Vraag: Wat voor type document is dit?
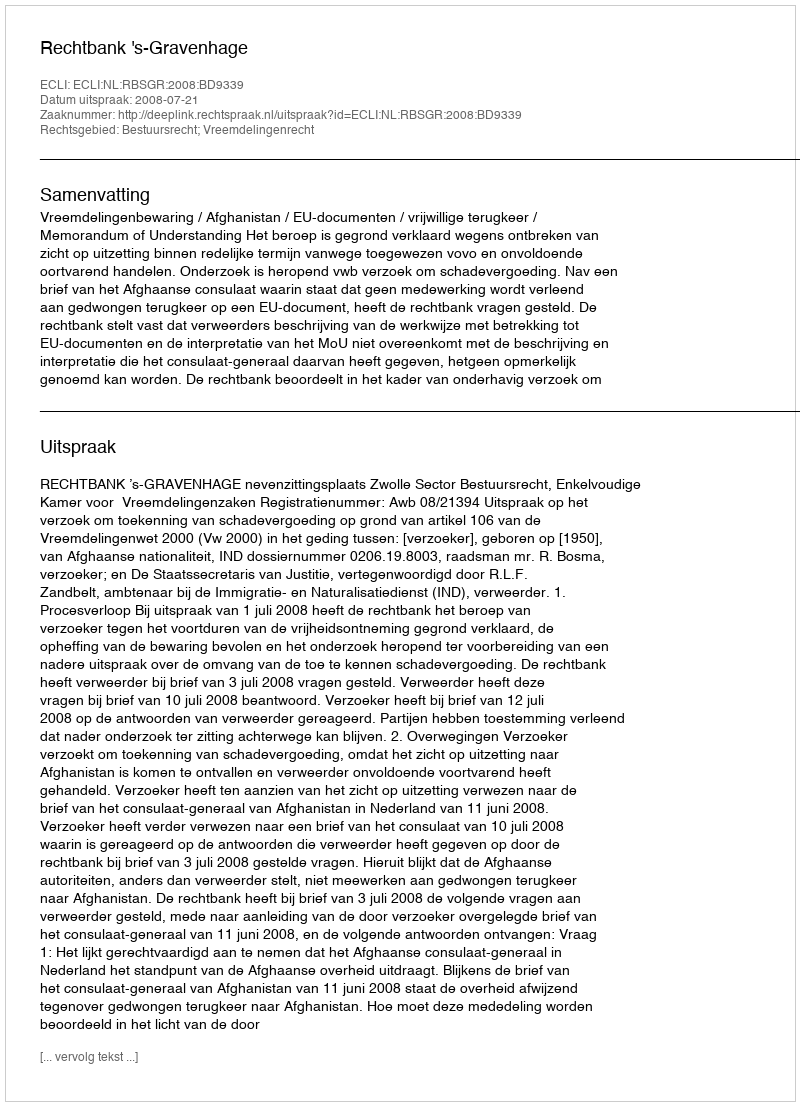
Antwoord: Uitspraak